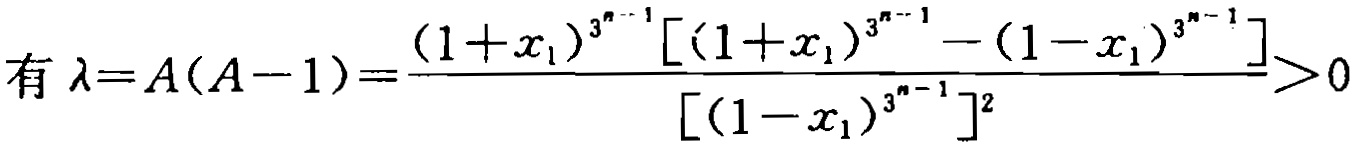
有 \(\lambda=A(A - 1)=\frac{(1 + x_1)^{3^{n - 1}}[(1 + x_1)^{3^{n - 1}}-(1 - x_1)^{3^{n - 1}}]}{[(1 - x_1)^{3^{n - 1}}]^2}>0\)